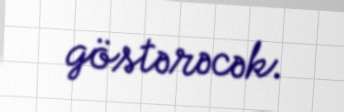
göstərəcək.